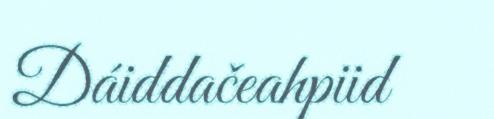
Dáiddačeahpiid